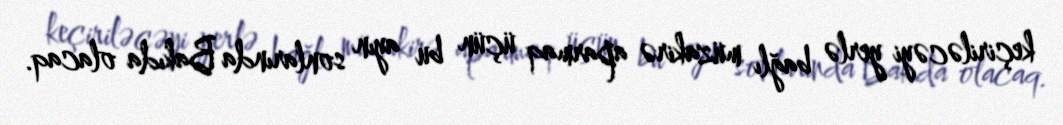
keçiriləcəyi yerlə bağlı müzakirə aparmaq üçün bu ayın sonlarında Bakıda olacaq.